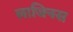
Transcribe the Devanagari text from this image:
लाजिनस